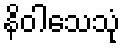
နိဝါသေသုံ